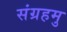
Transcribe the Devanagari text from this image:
संग्रहमु